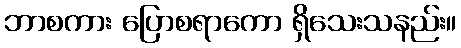
ဘာစကား ပြောစရာကော ရှိသေးသနည်း။